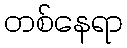
တစ်နေရာ